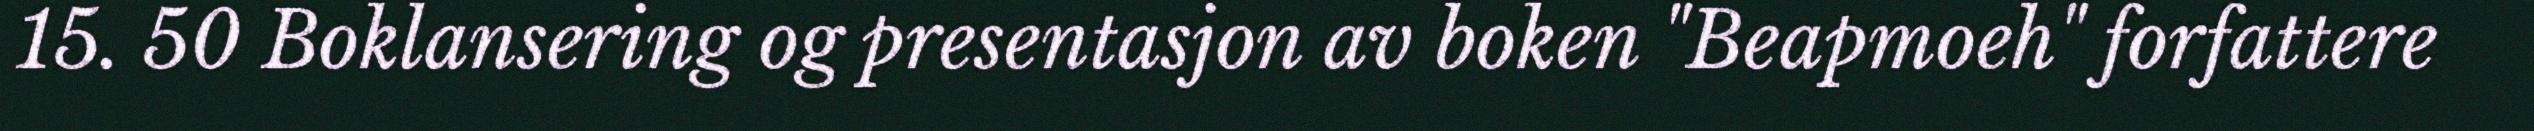
15. 50 Boklansering og presentasjon av boken "Beapmoeh" forfattere